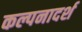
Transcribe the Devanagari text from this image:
कल्पनादर्श